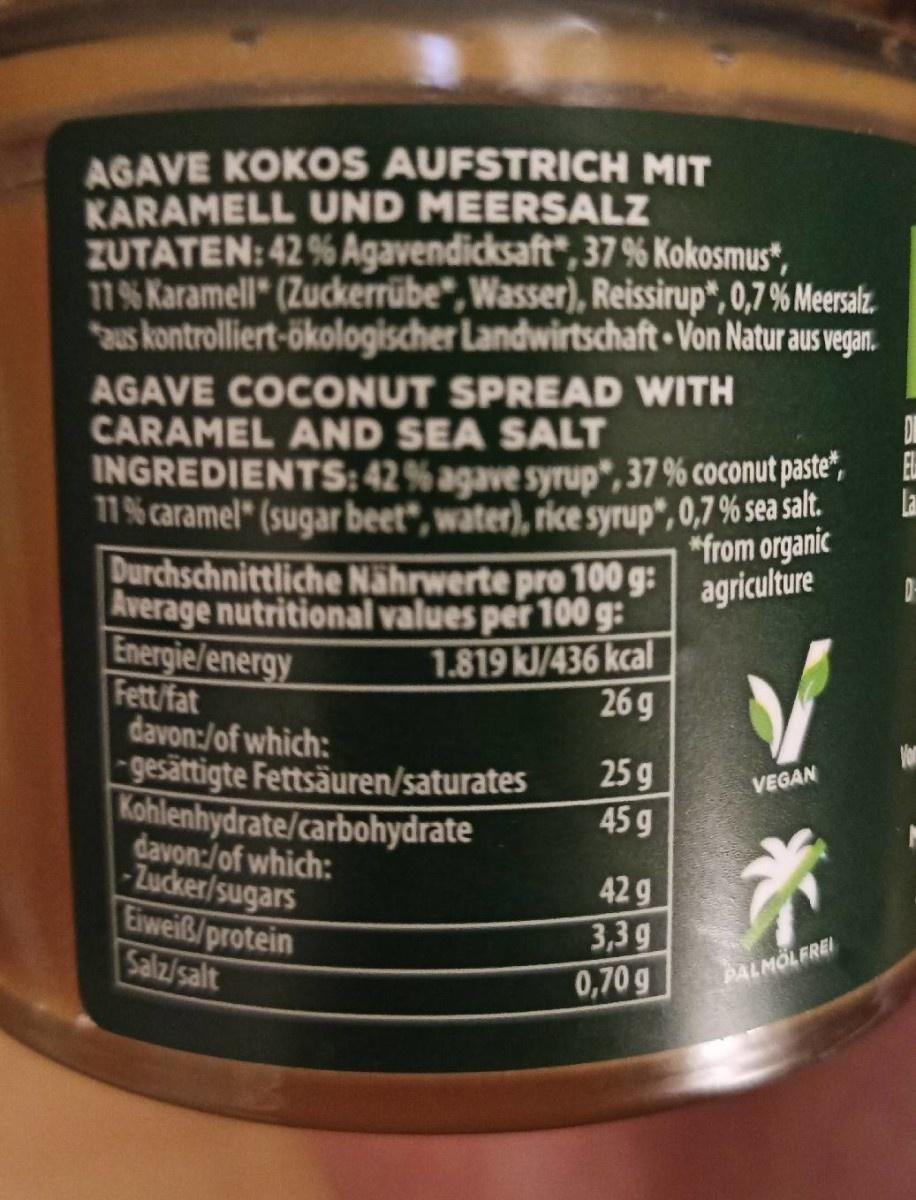
AGAVE KOKOS AUFSTRICH MIT KARAMELL UND MEERSALZ ZUTATEN: 42% Agavendicksaft", 37 % Kokosmus“, 11% Karamell" (Zuckerrübe", Wasser), Reissirup", 0,7 % Meersalz. aus kontrolliert-ökologischer Landwirtschaft Von Natur aus vegan.
AGAVE COCONUT SPREAD WITH CARAMEL AND SEA SALT INGREDIENTS:42% agave syrup", 37 % coconut paste", 11% caramel" (sugar beet", water), rice syrup*, 0,7 % sea salt.
E la
*from organic
Durchschnittliche Nährwerte pro 100 g: agriculture Average nutritional values per 100 g: Energie/energy Fett/fat davon:/of which: – gesättigte Fettsäuren/saturates Kohlenhydrate/carbohydrate davon:/of which: -Zucker/sugars Eiweiß/protein Salz/salt
1.819 kJ/436 kcal 26g
25 g 45 g
VEGAN
42 g 3,3g 0,70 g
PALMOLFREI